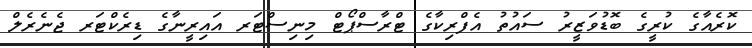
ކޮރެއާގެ ކުރީގެ ބޮޑުވަޒީރު ސައުތު އެފްރިކާގެ ޓްރާސްޕޯޓް މިނިސްޓަރ އައިރީނާގެ ޑިރެކްޓަރ ޖެނެރެލް